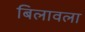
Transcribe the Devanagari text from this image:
बिलावला